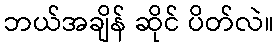
ဘယ်အချိန် ဆိုင် ပိတ်လဲ။